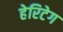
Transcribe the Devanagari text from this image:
हेरिटेग